Annual report of the Punjab Veterinary College and of the Civil Veterinary Department, Punjab - 1926-1932
Year: 1926
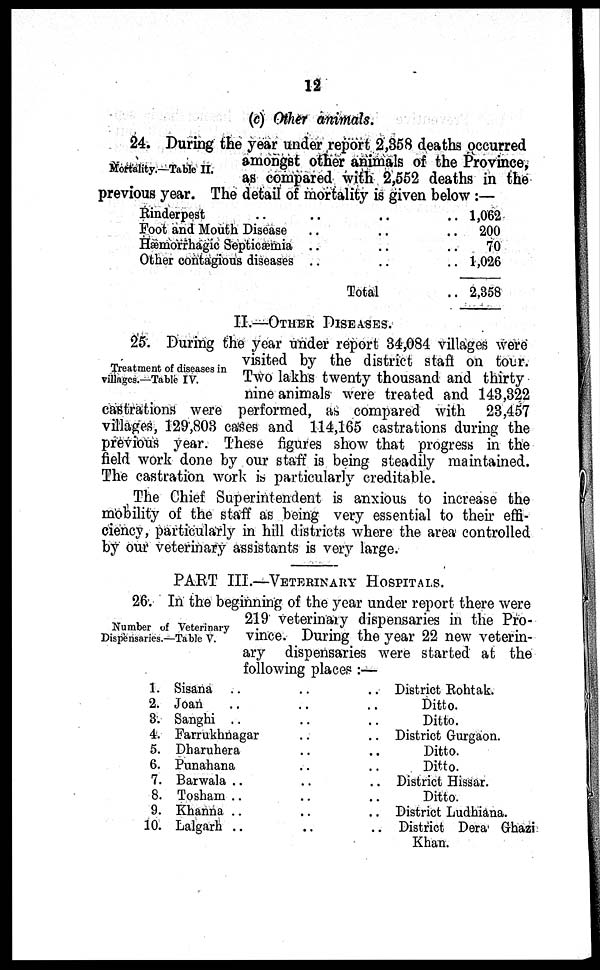
12
(c) Other animals.
Mortality.—Table II.
24. During the year under report 2,358 deaths occurred
amongst other animals of the Province,
as compared with 2,552 deaths in the
previous year. The detail of mortality is given below :—
Rinderpest
..
..
Foot and Mouth Disease
..
..
Hæmorrhagic Septicæmia ..
..
Other contagious diseases ..
..
Total
1,062
200
70
1,026
2,358
II.—OTHER DISEASES.
Treatment of diseases in
villages.—Table IV.
25. During the year under report 34,084 villages were
visited by the district staff on tour.
Two lakhs twenty thousand and thirty
nine animals were treated and 143,322
castrations were performed, as compared with 23,457
villages, 129,803 cases and 114,165 castrations during the
previous year. These figures show that progress in the
field work done by our staff is being steadily maintained.
The castration work is particularly creditable.
The Chief Superintendent is anxious to increase the
mobility of the staff as being very essential to their effi-
ciency, particularly in hill districts where the area controlled
by our veterinary assistants is very large.
PART III.—VETERINARY HOSPITALS.
Number of Veterinary
Dispensaries.—Table V.
26. In the beginning of the year under report there were
219 veterinary dispensaries in the Pro-
vince. During the year 22 new veterin-
ary dispensaries were started at the
following places :—
1.
2.
8.
4.
5.
6.
7.
8.
9.
10.
Sisana .. ..
Joan .. ..
Sanghi .. ..
Farrukhnagar .. ..
Dharuhera .. ..
Punahana .. ..
Barwala .. ..
Tosham .. ..
Khanna .. ..
Lalgarh .. ..
District Rohtak.
Ditto.
Ditto.
District Gurgaon.
Ditto.
Ditto.
District Hissar.
Ditto.
District Ludhiana.
District Dera Ghazi
Khan.